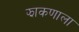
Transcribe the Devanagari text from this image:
झाकणाला